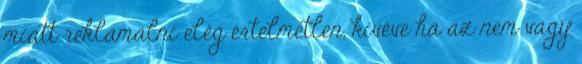
miatt reklamálni elég értelmetlen, kivéve ha az nem vagy